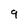
Character: 9